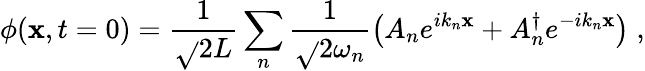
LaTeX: \phi(\mathbf{x},t=0)=\frac{{1}}{{\sqrt{}{{2L}}}}\sum_{n}\frac{{1}}{{\sqrt{}{{2\omega_{n}}}}}\left(A_{n}e^{ik_{n}\mathbf{x}}+A_{n}^{\dagger}e^{-ik_{n}\mathbf{x}}\right)\; ,